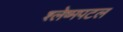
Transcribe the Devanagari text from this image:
श्लेष्मपटल